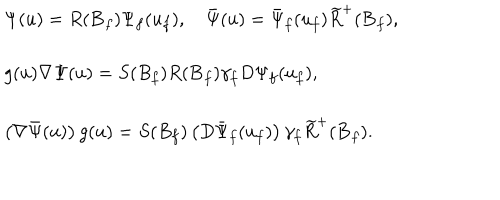
\begin{array} { l } { { \Psi ( u ) = R ( { \bf B } _ { f } ) \Psi _ { f } ( u _ { f } ) , \quad \bar { \Psi } ( u ) = \bar { \Psi } _ { f } ( u _ { f } ) \widetilde { R } ^ { + } ( { \bf B } _ { f } ) , } } \\ { { g ( u ) \nabla \Psi ( u ) = S ( B _ { f } ) R ( { \bf B } _ { f } ) \gamma _ { f } D \Psi _ { f } ( u _ { f } ) , } } \\ { { \left( \nabla \bar { \Psi } ( u ) \right) g ( u ) = S ( B _ { f } ) \left( D \bar { \Psi } _ { f } ( u _ { f } ) \right) \gamma _ { f } \widetilde { R } ^ { + } ( { \bf B } _ { f } ) . } } \\ \end{array}